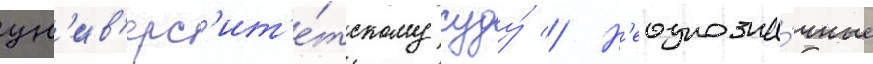
ун'ив'ерс'ит'е́тскому суду́ // Н'еоднозна́чные